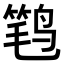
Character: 𮭩